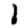
Digit: 1